Trukikaitis_Postimees, lk 81
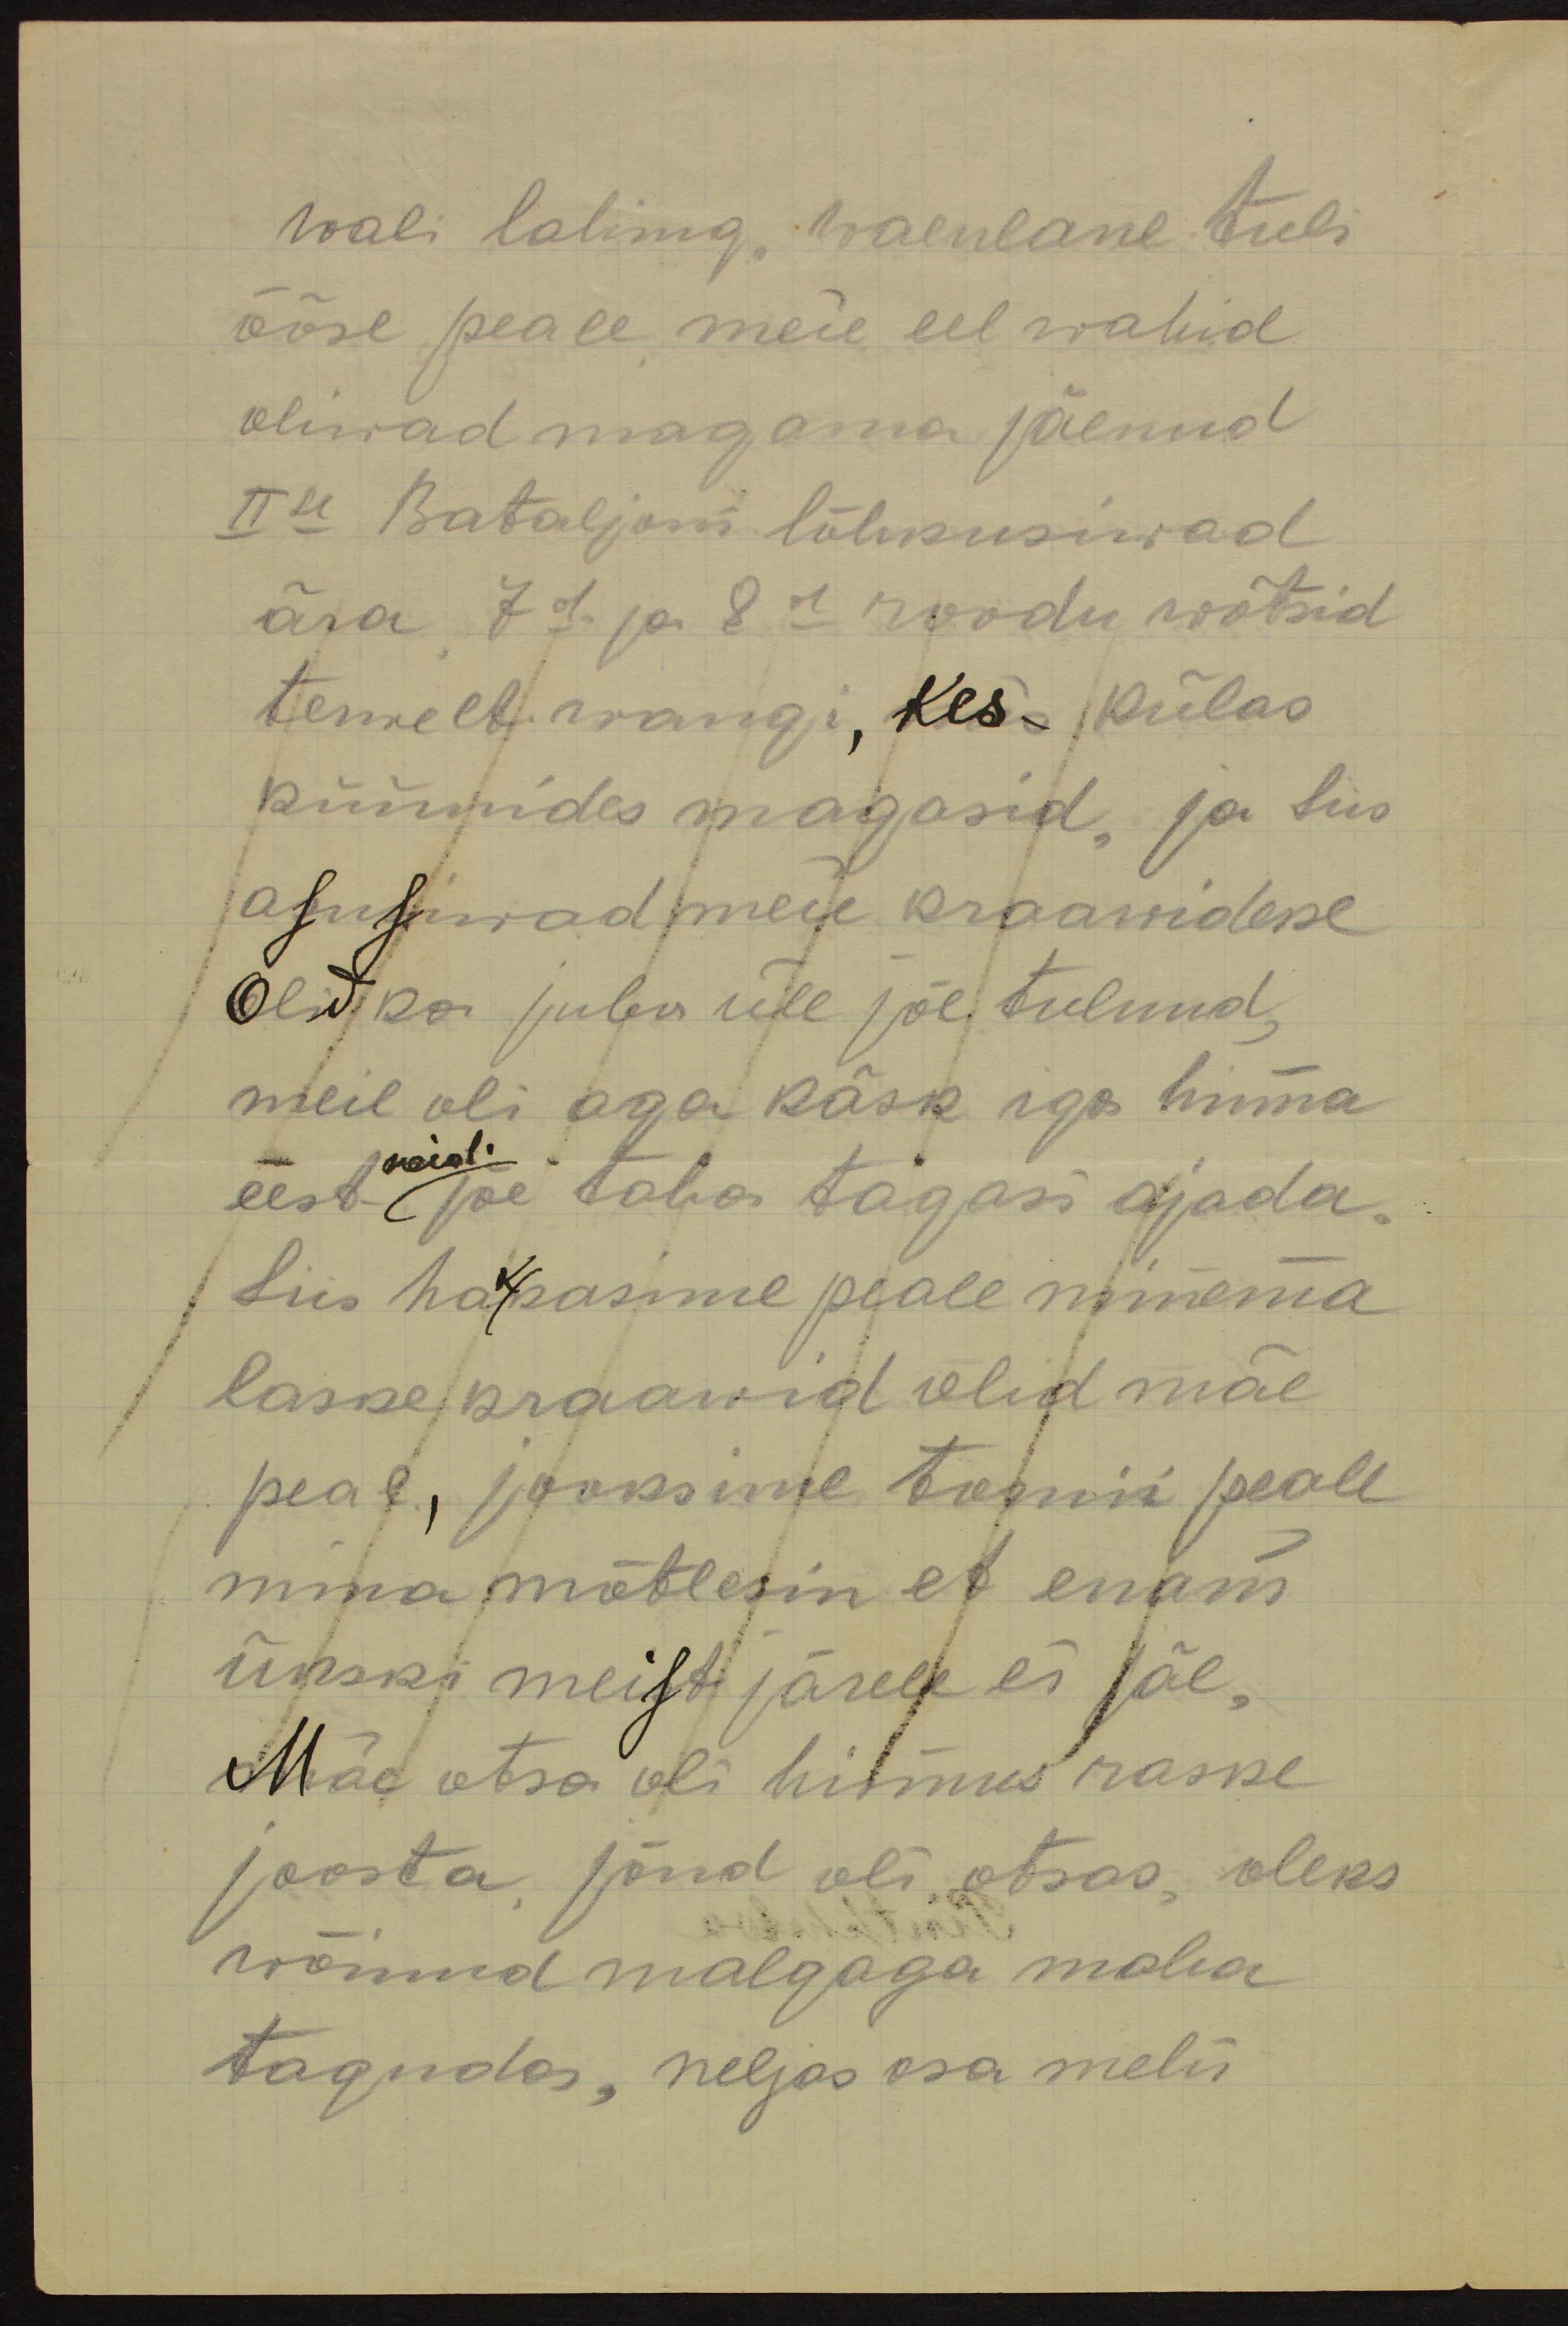
wali lahing waenlane tuli
ööse peale meie eel wahid
oliwad magama jäenud
IIse Bataljoni lõhkusiwad
ära 7d ja 8d roodu wõtsid
temelt wangi, kes- külas
küünides magasid, ja siis
asusiwad meie kraawidesse
olid ka juba üle jõe tulnud,
meil oli aga käsk iga hinna
neid.
eest jõe taha tagasi ajada.
Siis hakasime peale minema
laske kraawid olid mäe
peal, jooksime tormi peale
mina mõtlesin et enam
ükski meist järele ei jäe,
Mäe otsa oli hirmus raske
joosta, jõud oli otsas, oleks
Juhkulitsust
wõinud malgaga maha
tagudes, neljas osa mehi